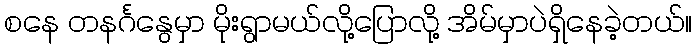
စနေ တနင်္ဂနွေမှာ မိုးရွာမယ်လို့ပြောလို့ အိမ်မှာပဲရှိနေခဲ့တယ်။